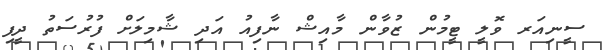
ސީނިއަރ ވޮލީ ޓީމުން ޒުވާން މާއިޝް ނާފިއު އަދި ޝާމިލަށް ފުރުސަތު ދީފި